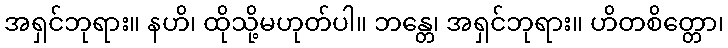
အရှင်ဘုရား။ နဟိ၊ ထိုသို့မဟုတ်ပါ။ ဘန္တေ၊ အရှင်ဘုရား။ ဟိတစိတ္တော၊